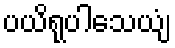
ပယိရုပါသေယျံ